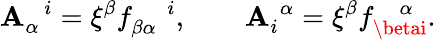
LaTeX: \mathbf{A}_{\alpha}^{\, \, \, \, i}=\xi^{\beta}f_{\beta\alpha}^{\, \, \, \, \, \, \, i},\, \, \, \, \, \, \, \, \, \, \, \, \mathbf{A}_{i}^{\, \, \alpha}=\xi^{\beta}f_{\betai}^{\, \, \, \, \, \alpha}.